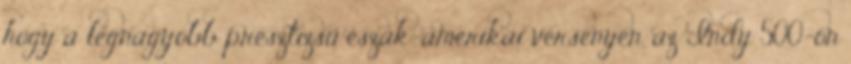
hogy a legnagyobb presztizsű észak-amerikai versenyen, az Indy 500-on